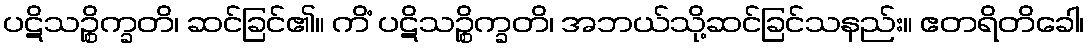
ပဋိသဉ္စိက္ခတိ၊ ဆင်ခြင်၏။ ကိံ ပဋိသဉ္စိက္ခတိ၊ အဘယ်သို့ဆင်ခြင်သနည်း။ ဧတရိတိခေါ၊